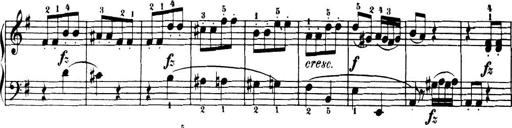
Title: 32 Sonatinas and Rondos for the Piano
Composer: Richard Kleinmichel